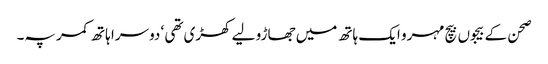
صحن کے بیجوں بیچ مہرو ایک ہاتھ میں جھاڑو لیے کھڑی تھی ‘ دوسرا ہاتھ کمر پہ۔